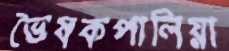
ভৈষকপালিয়া